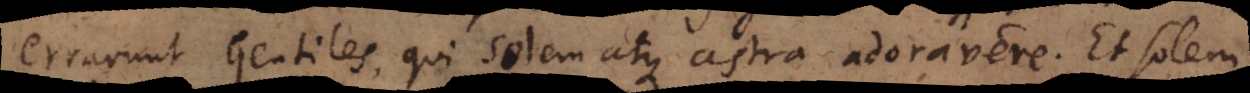
gentiles, qui solem atque astra adoravere. Et solem